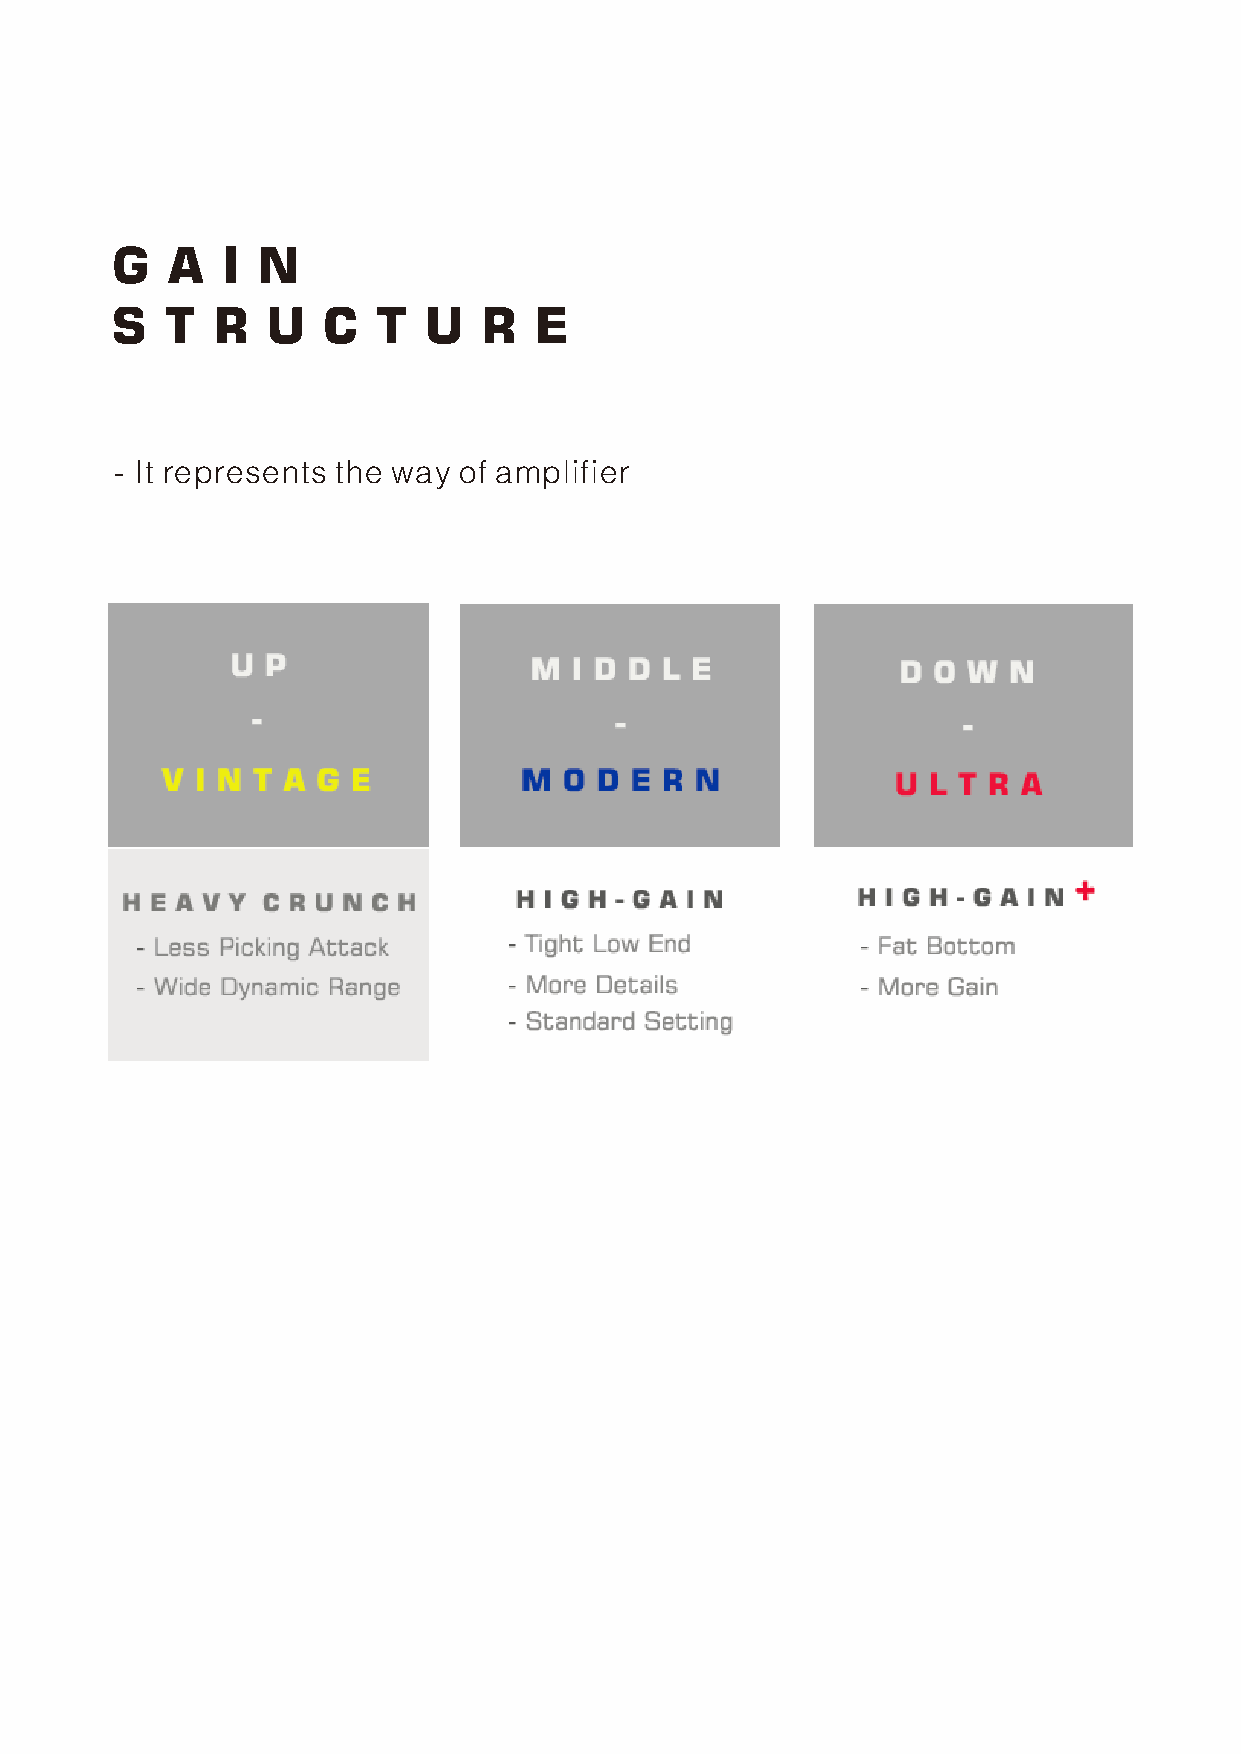
G   A   I N
 S   T  R   U  C   T  U   R  E
 - It represents the way of amplifier